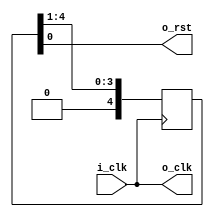
`default_nettype none
module servant_clock_gen
  (
   input wire  i_clk,
   output wire o_clk,
   output wire o_rst);

   parameter [79:0] PLL = "NONE";

   generate
      if ((PLL == "ICE40_CORE") || (PLL == "ICE40_PAD")) begin
	 ice40_pll #(.PLL (PLL)) pll
	   (.i_clk (i_clk),
	    .o_clk (o_clk),
	    .o_rst (o_rst));
      end else begin
	 assign o_clk = i_clk;

	 reg [4:0] rst_reg = 5'b11111;

	 always @(posedge o_clk)
	   rst_reg <= {1'b0, rst_reg[4:1]};
	 assign o_rst = rst_reg[0];
      end
   endgenerate
endmodule